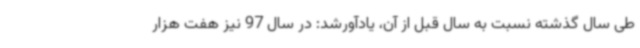
طی سال گذشته نسبت به سال قبل از آن، یادآورشد: در سال 97 نیز هفت هزار